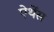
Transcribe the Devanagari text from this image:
ऐथेंस